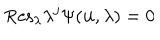
LaTeX: \mathrm { R e s } _ { \lambda } \lambda ^ { j } \Psi ( { \bf u } , \lambda ) = 0